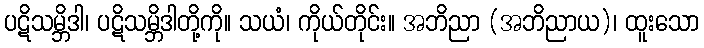
ပဋိသမ္ဘိဒါ၊ ပဋိသမ္ဘိဒါတို့ကို။ သယံ၊ ကိုယ်တိုင်း။ အဘိညာ (အဘိညာယ)၊ ထူးသော